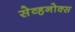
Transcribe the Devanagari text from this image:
सेव्हनोक्स